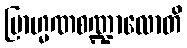
ဗြာဟ္မဏစဏ္ဍာလောတိ